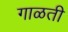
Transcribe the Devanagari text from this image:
गाळती